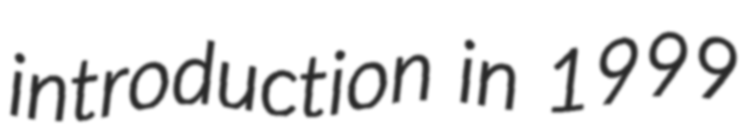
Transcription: introduction in 1999